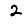
Digit: 2